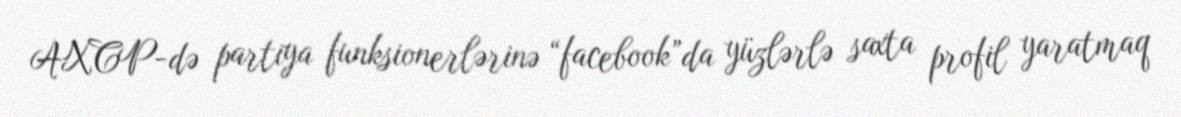
AXCP-də partiya funksionerlərinə “facebook”da yüzlərlə saxta profil yaratmaq